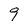
Character: 9